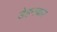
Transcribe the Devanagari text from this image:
डेहनकर